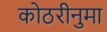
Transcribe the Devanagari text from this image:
कोठरीनुमा